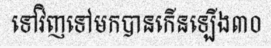
ទៅវិញទៅមកបានកើនឡើង៣០